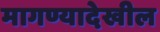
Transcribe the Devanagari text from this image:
मागण्यादेखील